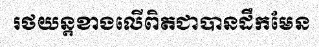
រថយន្តខាងលើពិតជាបានដឹកមែន